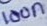
Text: 100n